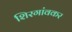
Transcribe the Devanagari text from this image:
शिरगांवकर